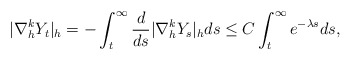
\begin{align*}|\nabla_{h}^k Y_t|_{h} = - \int_t^\infty \frac{d}{ds} |\nabla_{h}^k Y_s|_{h} ds \leq C \int_t^\infty e^{-\lambda s} ds,\end{align*}